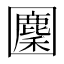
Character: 𡈳